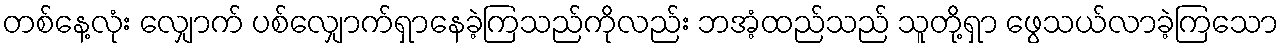
တစ်နေ့လုံး လျှောက် ပစ်လျှောက်ရှာနေခဲ့ကြသည်ကိုလည်း ဘအံ့ထည်သည် သူတို့ရှာ ဖွေသယ်လာခဲ့ကြသော